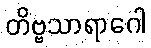
တိဗ္ဗသာရာဂေါ